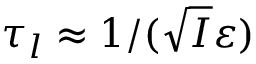
\tau _ { l } \approx 1 / ( \sqrt { I } \varepsilon )